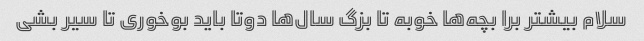
سلام بیشتر برا بچه‌ها خوبه تا بزگ سال‌ها دوتا باید بوخوری تا سیر بشی